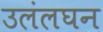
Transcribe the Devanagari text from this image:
उलंलघन